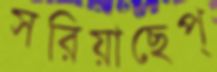
সরিয়াছেপ্